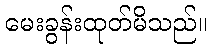
မေးခွန်းထုတ်မိသည်။